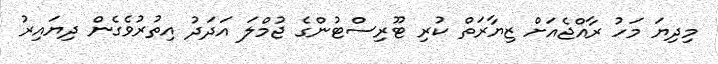
މިދިޔަ މަހު ރާއްޖެއަށް ޒިޔާރަތް ކުރި ޓޫރިސްޓުންގެ ޖުމްލަ އަދަދު އިތުރުވެގެން ދިޔައިރު